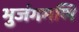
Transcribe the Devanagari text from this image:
भुजंगमणि